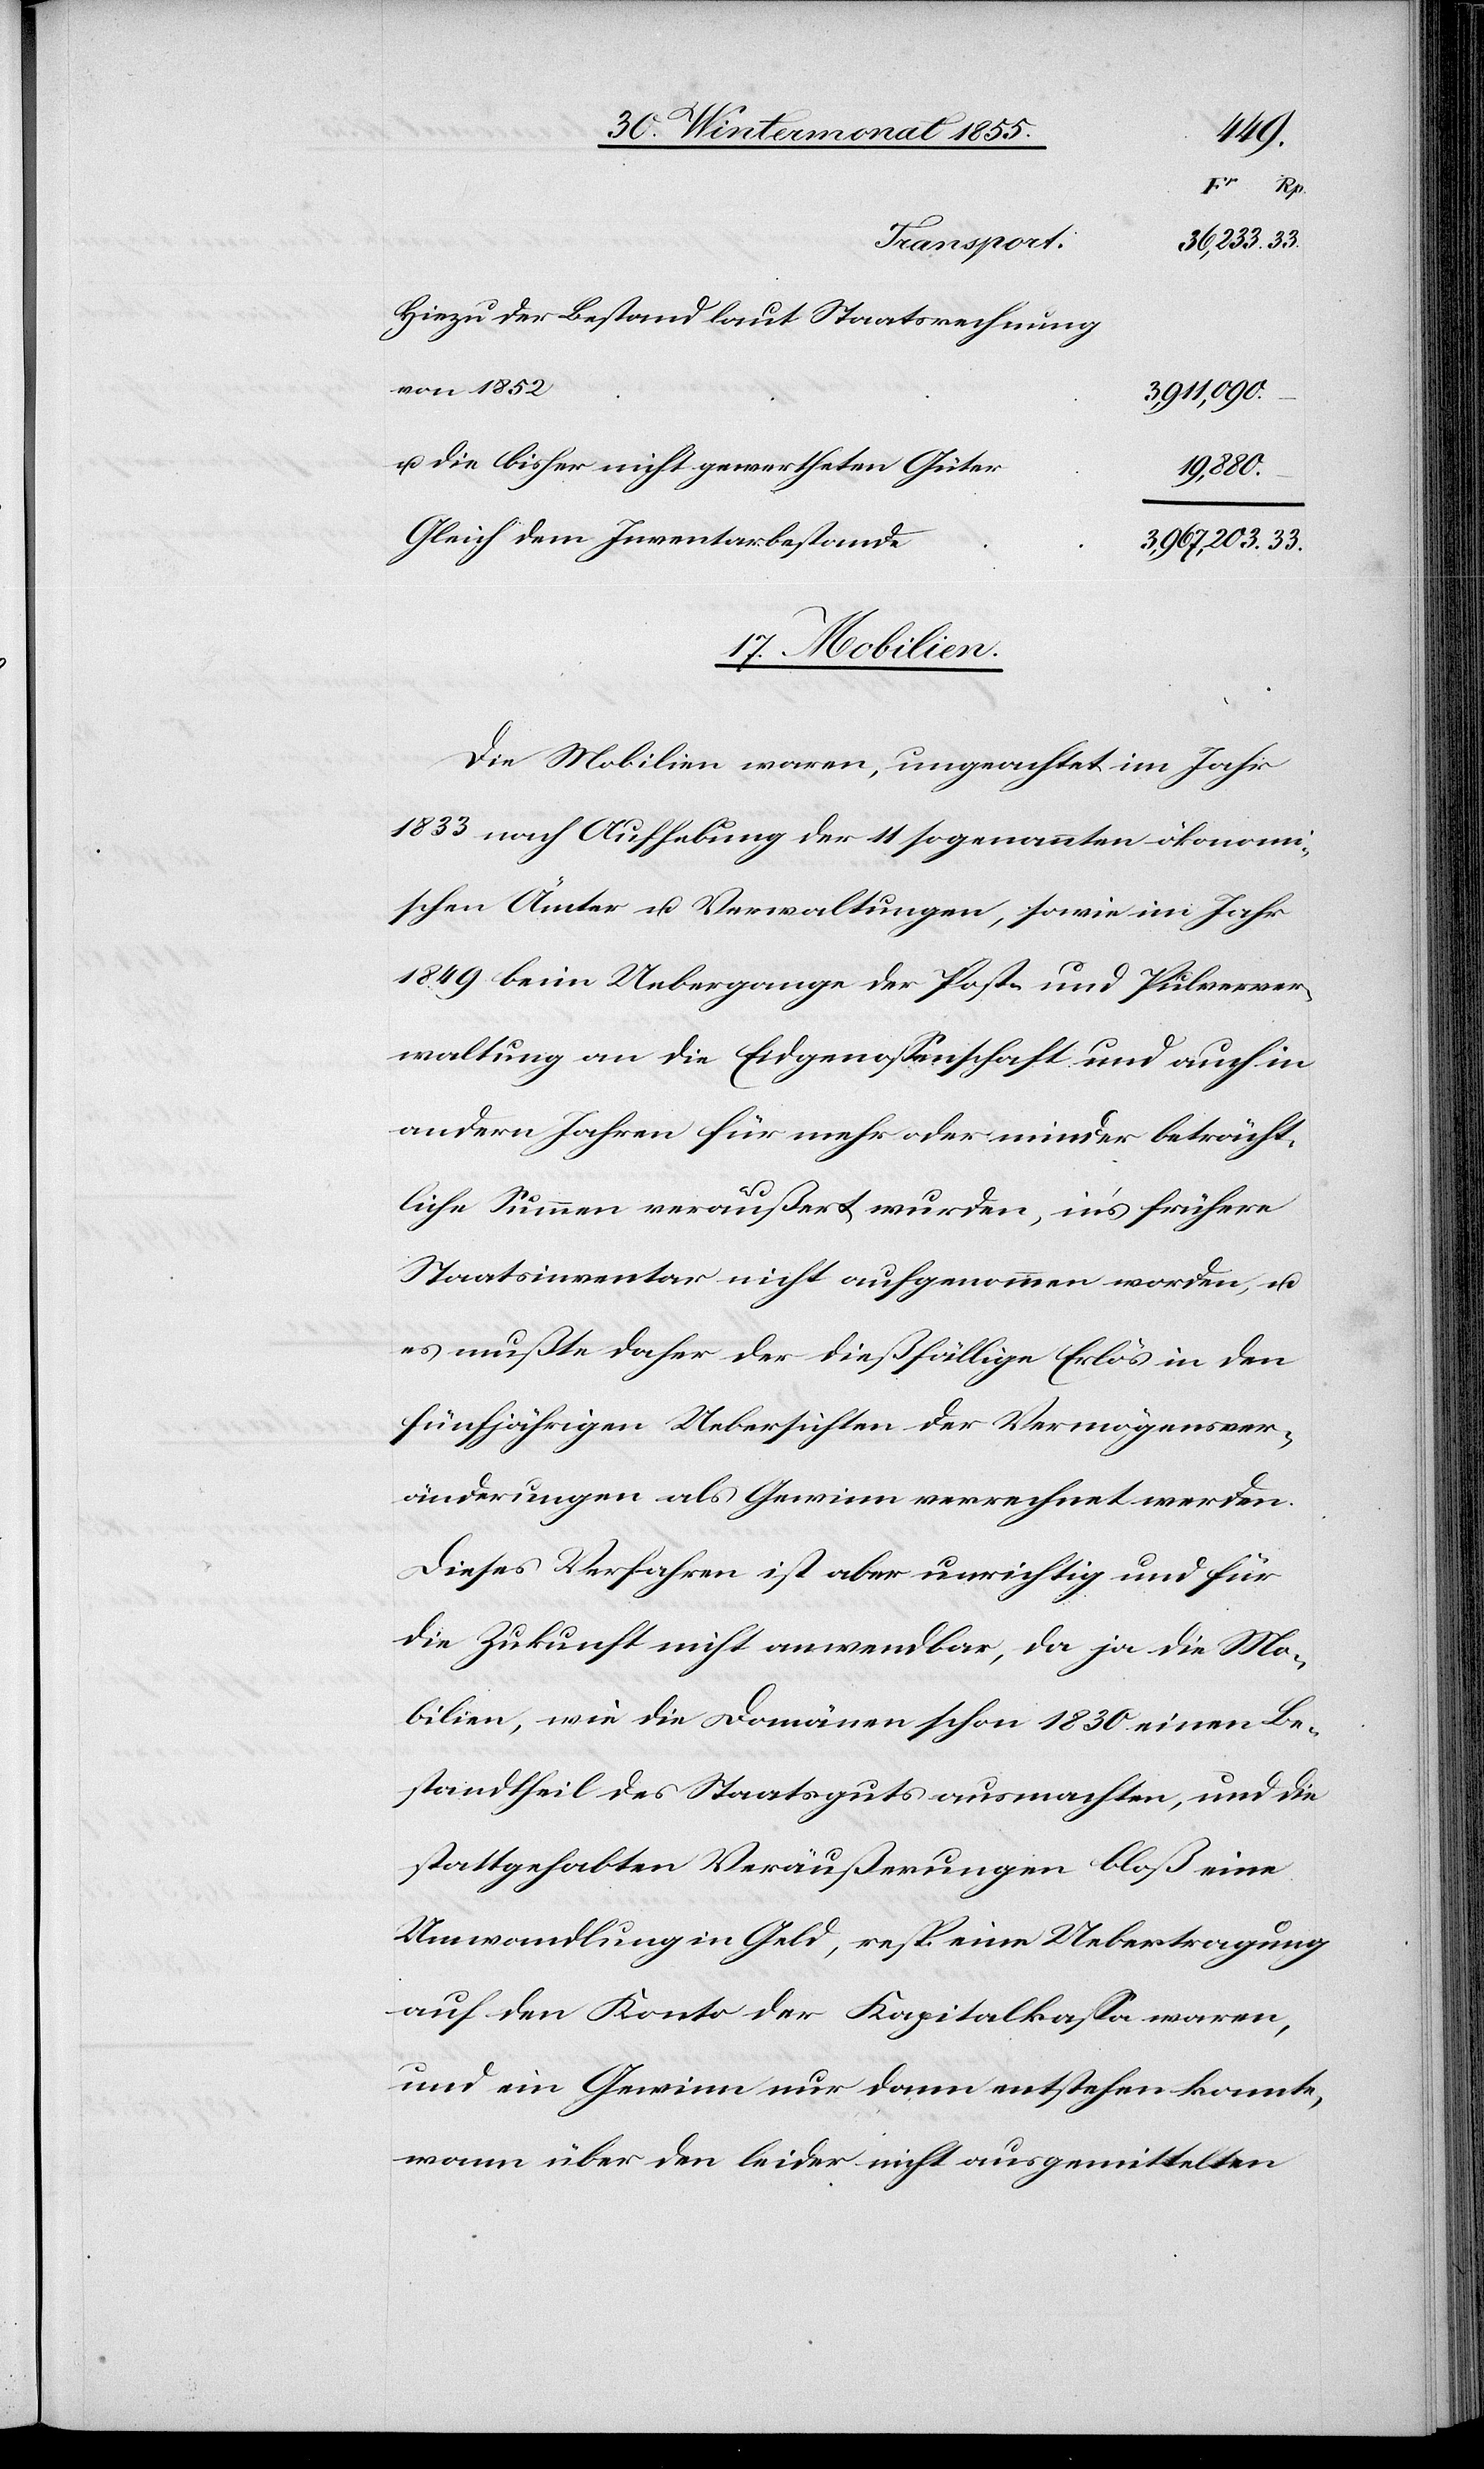
Hiezu der Bestand laut Staatsrechnung
von 1852
3,911,090.
u. die bisher nicht gewertheten Güter
19,880.
Gleich dem Inventarbestande
3,967,203.
17. Mobilien.
Die Mobilien waren, ungeachtet im Jahr
1833 nach Aufhebung der 11 sogenannten ökonomi¬
schen Ämter u. Verwaltungen, sowie im Jahr
1849 beim Uebergange der Post- und Pulverver¬
waltung an die Eidgenossenschaft und auch in
andern Jahren für mehr oder minder beträcht¬
liche Summen veräußert wurden, in’s frühere
Staatsinventar nicht aufgenommen worden, u.
es mußte daher der dießfällige Erlös in den
fünfjährigen Uebersichten der Vermögensver¬
änderungen als Gewinn verrechnet werden.
Dieses Verfahren ist aber unrichtig und für
die Zukunft nicht anwendbar, da ja die Mo¬
bilien, wie die Domänen schon 1830 einen Be¬
standtheil des Staatsguts ausmachten, und die
stattgehabten Veräußerungen bloß eine
Umwandlung in Geld, resp. eine Uebertragung
auf den Konto der Kapitalkassa waren,
und ein Gewinn nur dann entstehen konnte,
wann über den leider nicht ausgemittelten